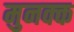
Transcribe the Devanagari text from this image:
मुनक्क